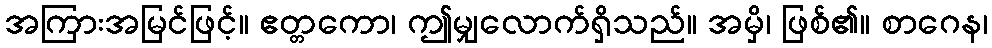
အကြားအမြင်ဖြင့်။ ဧတ္တကော၊ ဤမျှလောက်ရှိသည်။ အမှိ၊ ဖြစ်၏။ စာဂေန၊